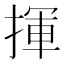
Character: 揮